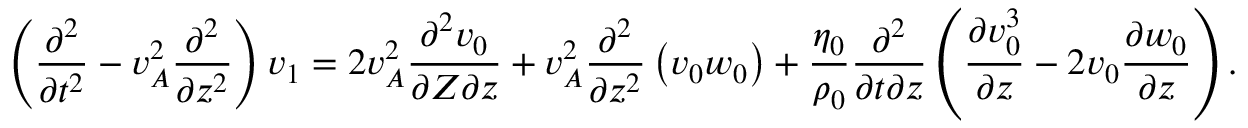
\left( \frac { \partial ^ { 2 } } { \partial t ^ { 2 } } - v _ { A } ^ { 2 } \frac { \partial ^ { 2 } } { \partial z ^ { 2 } } \right) v _ { 1 } = 2 v _ { A } ^ { 2 } \frac { \partial ^ { 2 } v _ { 0 } } { \partial Z \partial z } + v _ { A } ^ { 2 } \frac { \partial ^ { 2 } } { \partial z ^ { 2 } } \left( v _ { 0 } w _ { 0 } \right) + \frac { \eta _ { 0 } } { \rho _ { 0 } } \frac { \partial ^ { 2 } } { \partial t \partial z } \left( \frac { \partial v _ { 0 } ^ { 3 } } { \partial z } - 2 v _ { 0 } \frac { \partial w _ { 0 } } { \partial z } \right) .